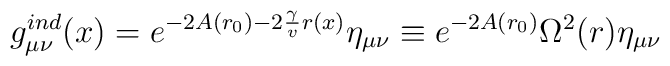
g^{ind} _{\mu \nu}(x) =e^{-2 A(r_0)-2 \frac{\gamma}{v} r(x)} \eta_{\mu \nu}\equiv e^{-2 A(r_0)} \Omega ^2(r)  \eta_{\mu \nu}